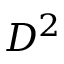
D ^ { 2 }